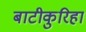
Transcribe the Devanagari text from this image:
बाटीकुरिहा